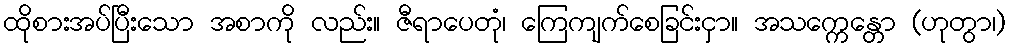
ထိုစားအပ်ပြီးသော အစာကို လည်း။ ဇီရာပေတုံ၊ ကြေကျက်စေခြင်းငှာ။ အသက္ကေန္တော (ဟုတွာ၊)